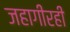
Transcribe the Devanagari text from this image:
जहागीरही